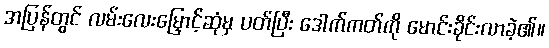
အပြန်တွင် လမ်းလေးမြှောင့်ဆုံမှ ပတ်ပြီး ဒေါက်ကတ်ကို မောင်းခိုင်းလာခဲ့၏။